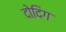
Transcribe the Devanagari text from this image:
दोदिग